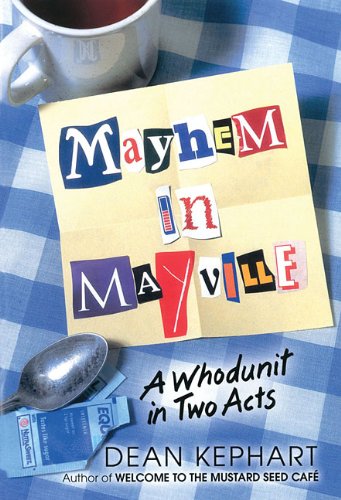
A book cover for Mayhem in Mayville: A Whodunit in Two Acts (Lillenas Publications); Dean Kephart; Literature & Fiction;